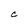
Character: C